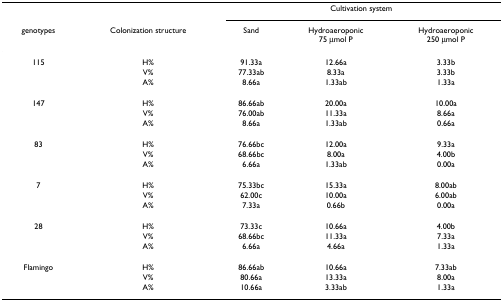
<table><thead><tr><td></td><td></td><td colspan="3"><b>Cultivation system</b></td></tr><tr><td><b>genotypes</b></td><td><b>Colonization structure</b></td><td><b>Sand</b></td><td><b>Hydroaeroponic75 μmol P</b></td><td><b>Hydroaeroponic250 μmol P</b></td></tr></thead><tbody><tr><td>115</td><td>H%</td><td>91.33a</td><td>12.66a</td><td>3.33b</td></tr><tr><td></td><td>V%</td><td>77.33ab</td><td>8.33a</td><td>3.33b</td></tr><tr><td></td><td>A%</td><td>8.66a</td><td>1.33ab</td><td>1.33a</td></tr><tr><td>147</td><td>H%</td><td>86.66ab</td><td>20.00a</td><td>10.00a</td></tr><tr><td></td><td>V%</td><td>76.00ab</td><td>11.33a</td><td>8.66a</td></tr><tr><td></td><td>A%</td><td>8.66a</td><td>1.33ab</td><td>0.66a</td></tr><tr><td>83</td><td>H%</td><td>76.66bc</td><td>12.00a</td><td>9.33a</td></tr><tr><td></td><td>V%</td><td>68.66bc</td><td>8.00a</td><td>4.00b</td></tr><tr><td></td><td>A%</td><td>6.66a</td><td>1.33ab</td><td>0.00a</td></tr><tr><td>7</td><td>H%</td><td>75.33bc</td><td>15.33a</td><td>8.00ab</td></tr><tr><td></td><td>V%</td><td>62.00c</td><td>10.00a</td><td>6.00ab</td></tr><tr><td></td><td>A%</td><td>7.33a</td><td>0.66b</td><td>0.00a</td></tr><tr><td>28</td><td>H%</td><td>73.33c</td><td>10.66a</td><td>4.00b</td></tr><tr><td></td><td>V%</td><td>68.66bc</td><td>11.33a</td><td>7.33a</td></tr><tr><td></td><td>A%</td><td>6.66a</td><td>4.66a</td><td>1.33a</td></tr><tr><td>Flamingo</td><td>H%</td><td>86.66ab</td><td>10.66a</td><td>7.33ab</td></tr><tr><td></td><td>V%</td><td>80.66a</td><td>13.33a</td><td>8.00a</td></tr><tr><td></td><td>A%</td><td>10.66a</td><td>3.33ab</td><td>1.33a</td></tr></tbody></table>